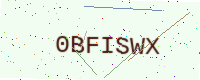
Text: 0BFISWX